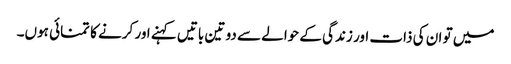
میں تو ان کی ذات اور زندگی کے حوالے سے دو تین باتیں کہنے اور کرنے کا تمنائی ہوں۔